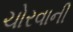
ચોરવાની